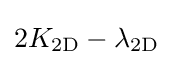
2K_{\mathrm {2D} }-\lambda _{\mathrm {2D} }